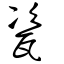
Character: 甆